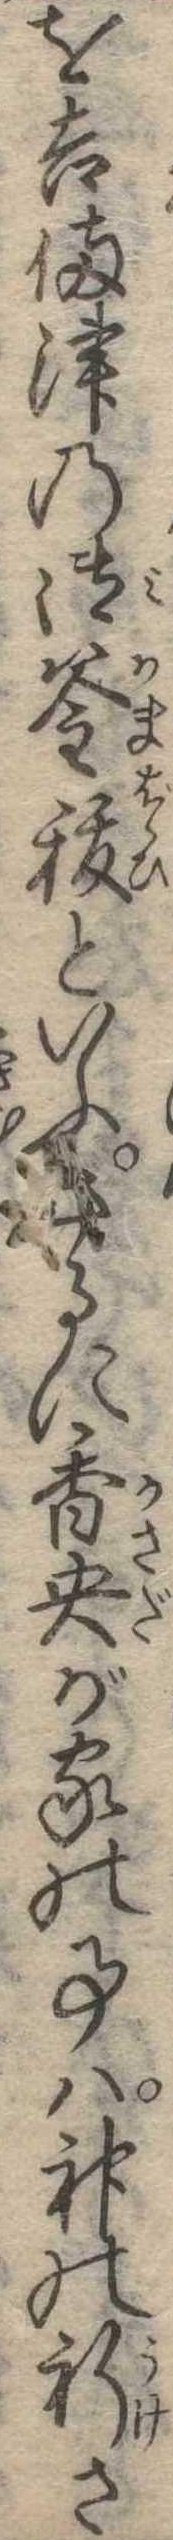
を吉備津の御釜秡といふさるに香央が家の事は神の祈さ